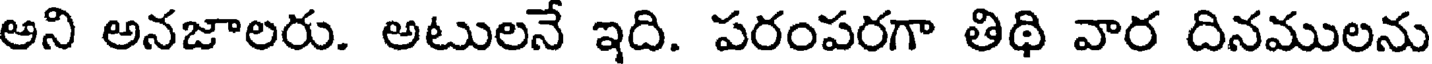
అని అనజాలరు. అటులనే ఇది. పరంపరగా తిథి వార దినములను